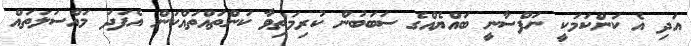
އަދި އެ ކަންކަމަކީ ނަފްސާނީ ބައްޔެއްގެ ސަބަބުން ކުރިމަތިވާ ކަންތައްތައްކަން އެފަދަ މައްސަލަތައް